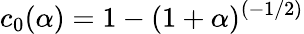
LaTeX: c_{0}(\alpha)=1-(1+\alpha)^{(-1/2)}